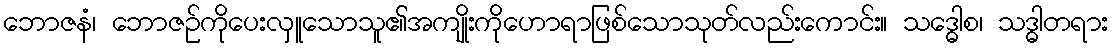
ဘောဇနံ၊ ဘောဇဉ်ကိုပေးလှူသောသူ၏အကျိုးကိုဟောရာဖြစ်သောသုတ်လည်းကောင်း။ သဒ္ဓေါစ၊ သဒ္ဓါတရား